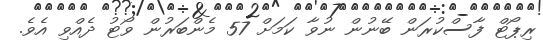
ރިޕޯޓް ފާސްކުރަން ބޭނުން ނުވާ ކަމަށް 57 މެންބަރުން ވޯޓު ދެއްވި އެވެ.